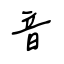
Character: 音